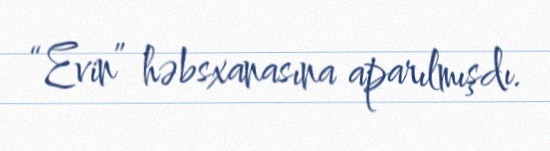
“Evin” həbsxanasına aparılmışdı.